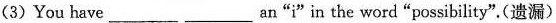
(3)You have___ ___an"ì"ìn the word "possibility".(遗漏)